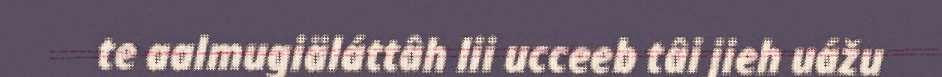
te aalmugiäláttâh lii ucceeb tâi jieh uážu